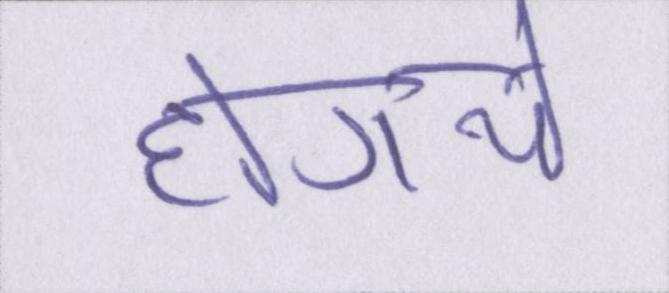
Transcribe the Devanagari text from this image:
होगये